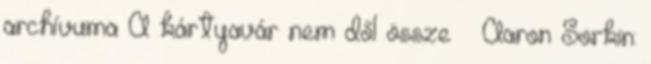
archívuma A kártyavár nem dől össze – Aaron Sorkin: